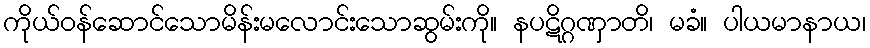
ကိုယ်ဝန်ဆောင်သောမိန်းမလောင်းသောဆွမ်းကို။ နပဋိဂ္ဂဏှာတိ၊ မခံ။ ပါယမာနာယ၊